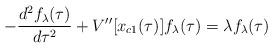
LaTeX: \begin{align*}- {{d^2 f_{\lambda}(\tau)} \over {d\tau^2}} + V^{\prime \prime}[x_{c1}(\tau)] f_{\lambda}(\tau) = \lambda f_{\lambda}(\tau)\end{align*}